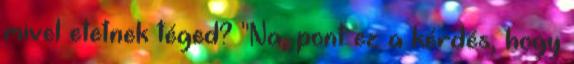
mivel etetnek téged? "Na, pont ez a kérdés, hogy